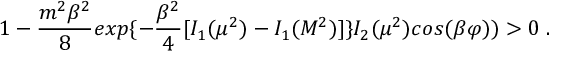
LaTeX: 1 - { \frac { m ^ { 2 } \beta ^ { 2 } } { 8 } } e x p \{ - { \frac { \beta ^ { 2 } } { 4 } } [ I _ { 1 } ( \mu ^ { 2 } ) - I _ { 1 } ( M ^ { 2 } ) ] \} I _ { 2 } ( \mu ^ { 2 } ) c o s ( \beta \varphi ) ) > 0 \; .